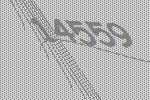
14559